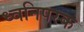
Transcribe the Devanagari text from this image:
ध्वनिपरक